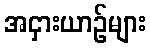
အငှားယာဉ်များ